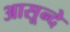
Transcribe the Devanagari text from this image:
आसून्दे